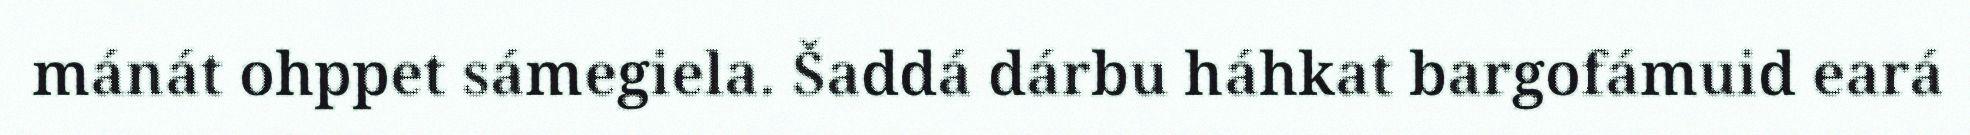
mánát ohppet sámegiela. Šaddá dárbu háhkat bargofámuid eará